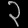
Digit: ၃